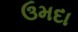
ઉમદા